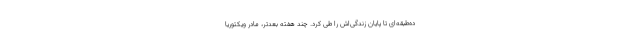
ده‌طبقه‌ای تا پایان زندگی‌اش را طی کرد. چند هفته بعدتر، مادر ویکتوریا